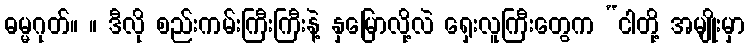
ဓမ္မဂုတ်။ ။ ဒီလို စည်းကမ်းကြီးကြီးနဲ့ နှမြောလို့လဲ ရှေးလူကြီးတွေက “ငါတို့ အမျိုးမှာ